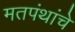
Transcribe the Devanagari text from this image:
मतपंथांचे